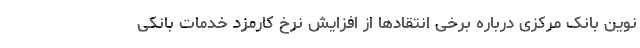
نوین بانک مرکزی درباره برخی انتقادها از افزایش نرخ کارمزد خدمات بانکی